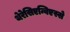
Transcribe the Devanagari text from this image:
थेरेसिएन्विएस्से